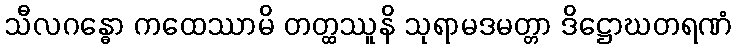
သီလဂန္ဓော ကထေဿာမိ တတ္ထဿူနိ သုရာမဒမတ္တာ ဒိဋ္ဌောဃတရဏံ